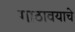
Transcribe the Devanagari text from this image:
गाठावयाचे